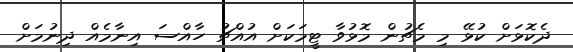
ދެކޮޅަށް ކުޅޭ މި މެޗުން މޮޅުވާ ޓީމަކަށް އުއްޗު ހާއްސަ އިނާމެއް ދިނުމަށް